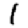
Digit: 1